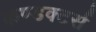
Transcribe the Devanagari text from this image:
कण्डक्टर्स